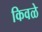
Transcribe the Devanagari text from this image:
किवळे